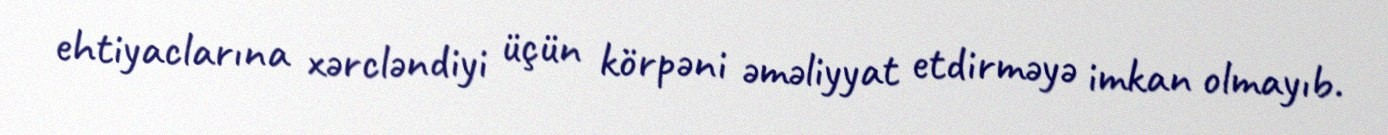
ehtiyaclarına xərcləndiyi üçün körpəni əməliyyat etdirməyə imkan olmayıb.